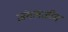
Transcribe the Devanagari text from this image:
जंगलजीम